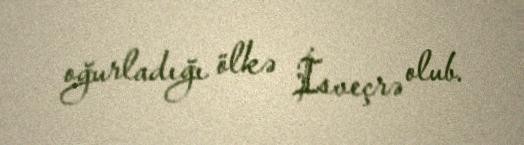
oğurladığı ölkə İsveçrə olub.